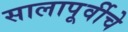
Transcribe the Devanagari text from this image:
सालापूर्वीचे